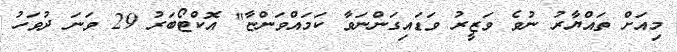
މިއަށް ތައްޔާރު ނުވެ ވަޒީރު ވަޑައިގަންނަވާ ކަމައްވަންޏާ" އޮކްޓޯބަރު 29 ވަނަ ދުވަހު